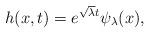
LaTeX: \begin{align*} h(x, t) = e^{\sqrt{\lambda}t} \psi_\lambda(x), \end{align*}